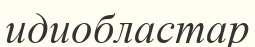
идиобластар